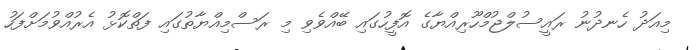
މިއަދު ހެނދުނު ރައީސުލްޖުމްހޫރިއްޔާގެ އޮފީހުގައި ބޭއްވެވި މި ރަސްމިއްޔާތުގައި ފަތްކޮޅު އެރުއްވުމަށްފަހު